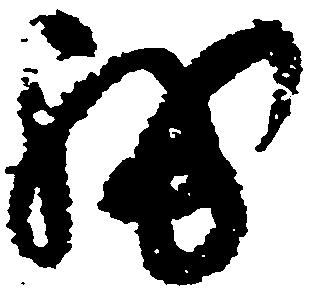
我